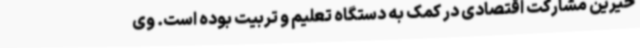
خیرین مشارکت اقتصادی در کمک به دستگاه تعلیم و تربیت بوده است. وی